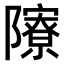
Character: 𨽒